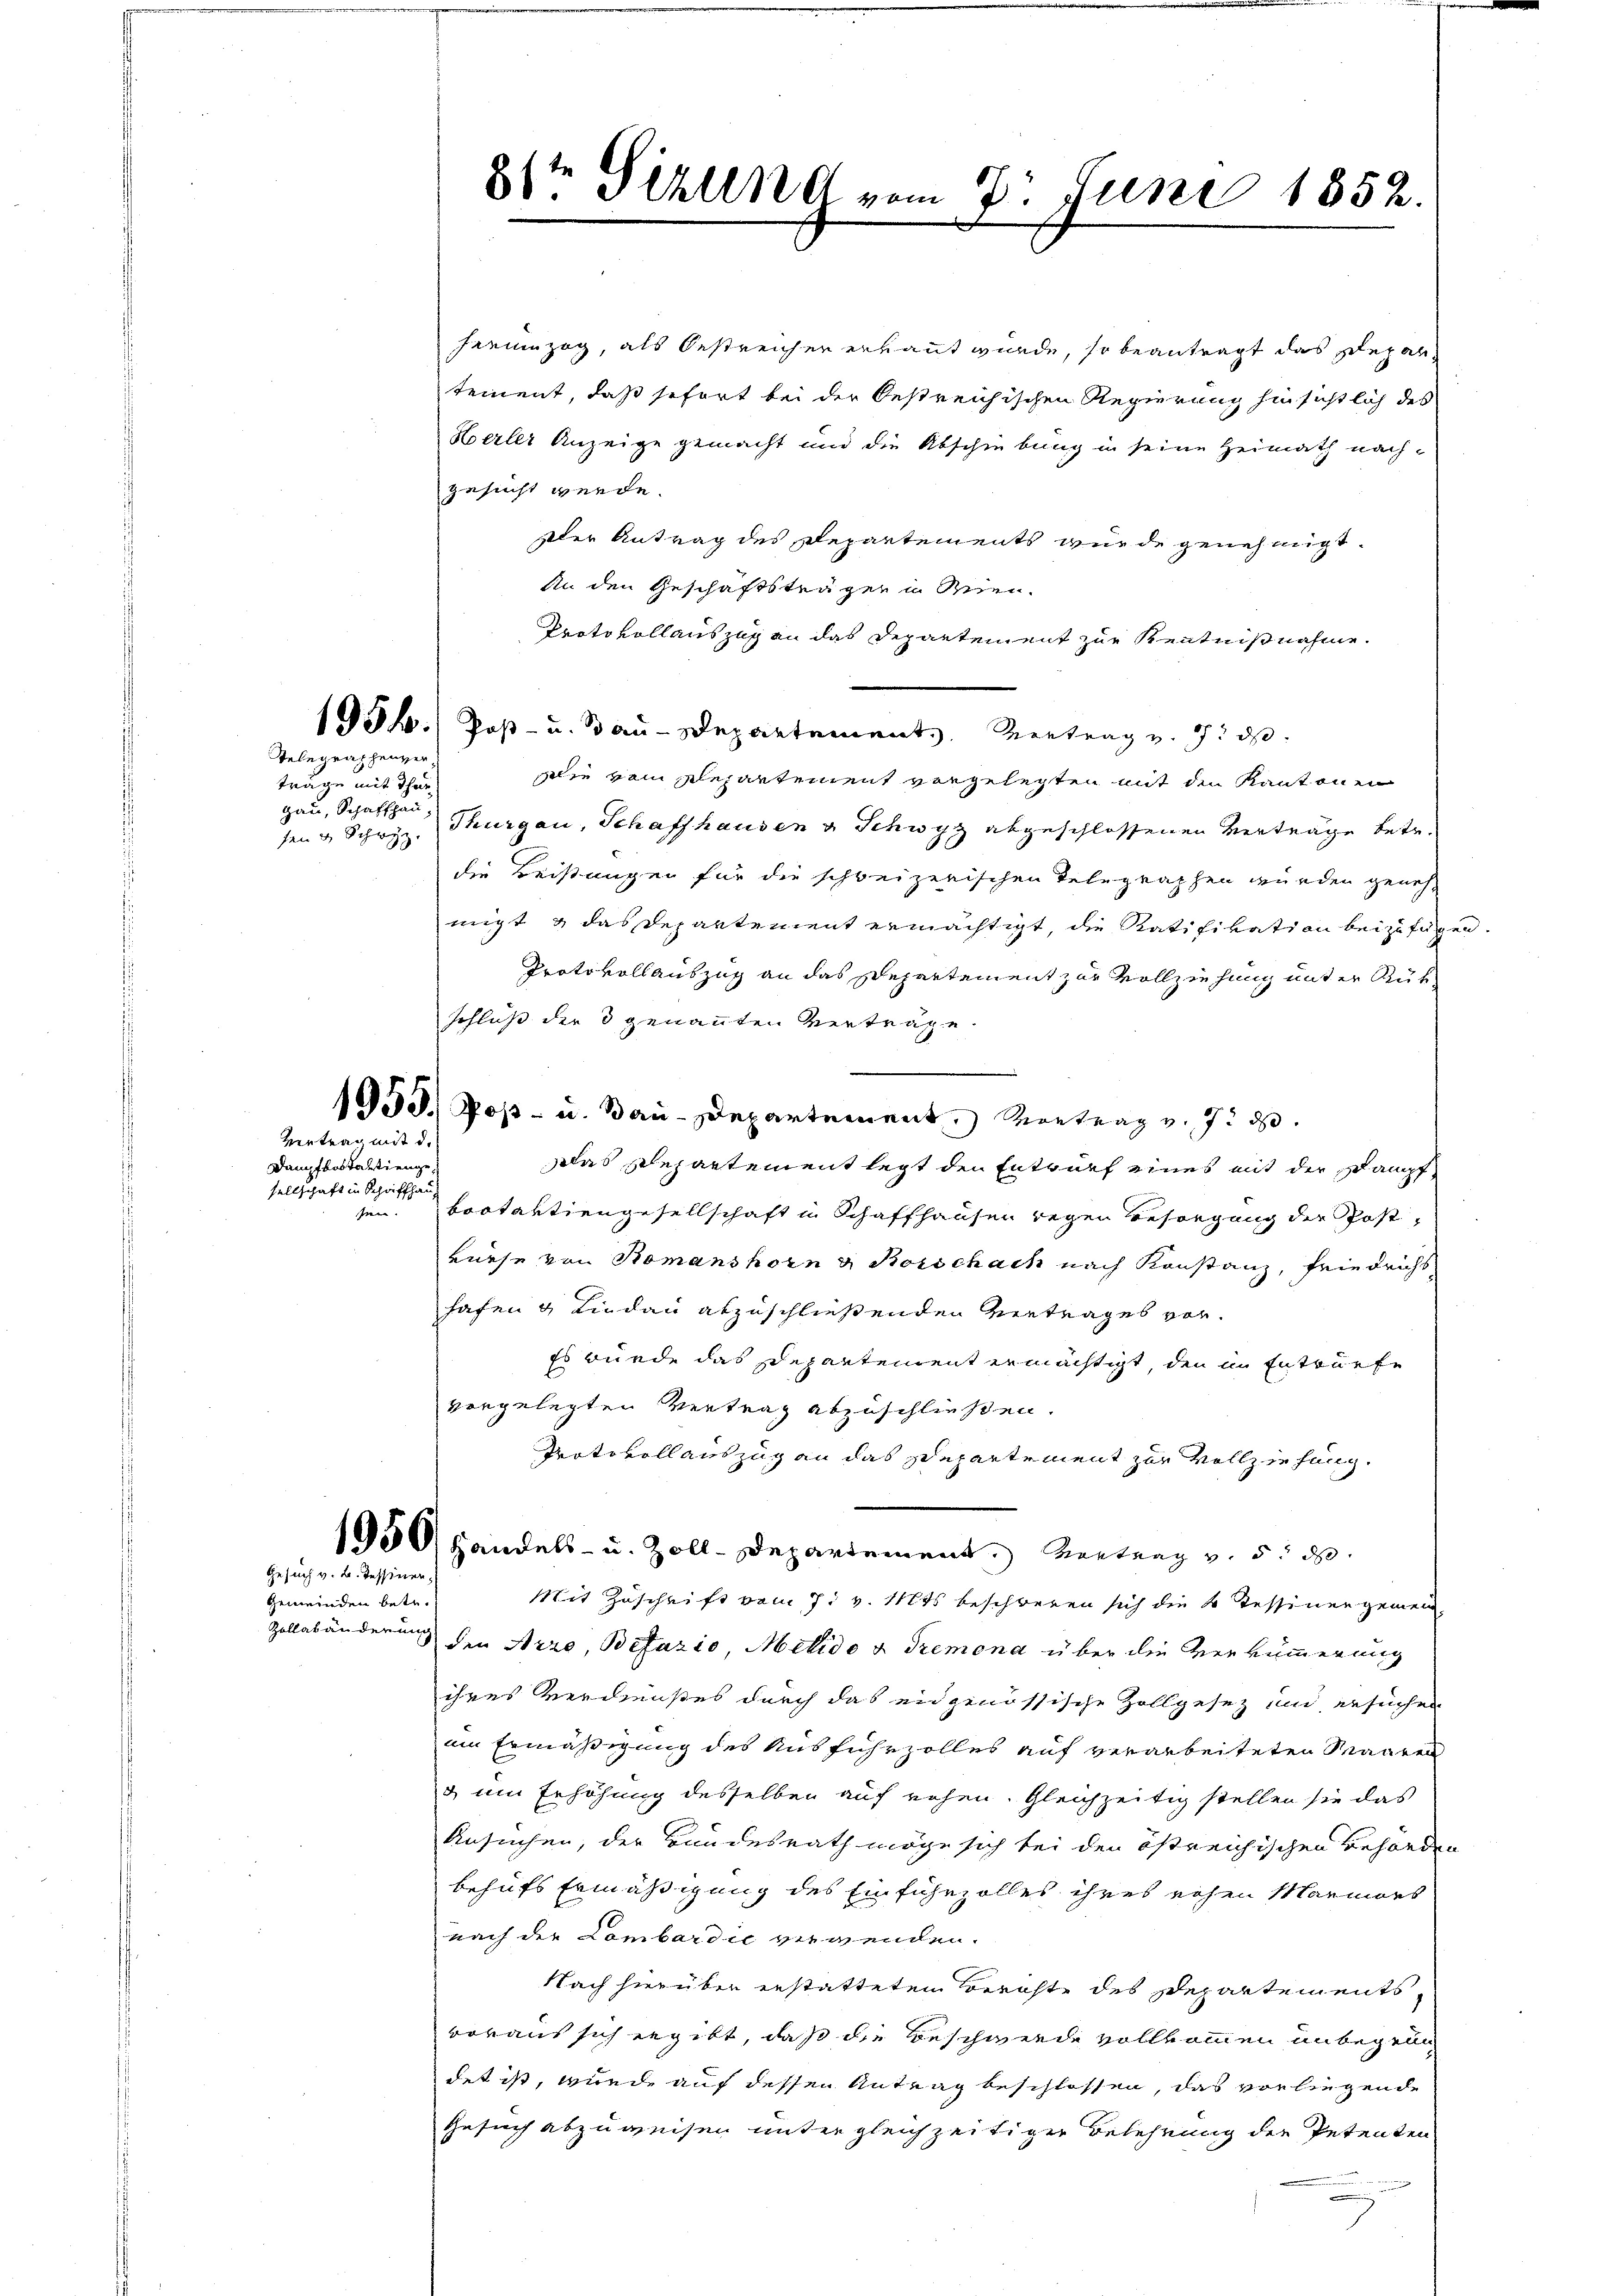
Telegraphenver
träge mit Thur
gau, Schaffhau

Vertrag mit d.
Damit bestantienge
sellschaft in Schrifthausen.

Gesuch v. B. Tessiner

Gemeinden betr.
Zollständerung

8te Sirlin vom 7. Juni 1852.

harunzig, als Oestreicher erkaut wurde, so beantragt das Depar
tement, daß sofort bei der bestreichischen Regierung hinsichtlich des
Herler Anzeige gemacht und die Abschiebung in seine Heimath nachgesucht werde.
Der Antrag des Repartements wurde genehmigt.
An den Geschäftsträger in Men¬
Protokollauszug an das Departement zur Kenntnißnahme.
1954.) Post- u. Bau-Departement. Vertrag v. 9. ds.
lie vom Plepartement vorgelegten mit den Kantonen
sen & Schwyz. Thurgau, Schaffhausen v. Schwyz abgeschlossenen Verträge betr.
die Beistungen für die schweizerischen Telegraphen würden genehmigt & das Departement ermächtigt, die Ratifikation beizufügen.
Protokollauszug an das Departement zur Vollziehung unter Rükschluß der 3 genannten Verträge.
1953.) Post- u. Bau-Departement. Vortrag v. J. d
Das Departement legt den Entwurf eines mit der Dampf
bootartiengesellschaft in Schaffhausen wegen Besorgung der Post-
reese von Romanshorn u. Borschach nach Konstanz, Friedrichs
hafen & Lindau abzuschließenden Vertrages vor¬
Es würde das Departement ermächtigt, den in Entwürfe
vorgelegten Vertrag abzuschließen.
Protokoll auszug an das Separtement zur Vollziehung.
1950, Handels- u. Zoll-Departement. Vertrag v. 5. d.
Mit Zuschrift vom 7. v. Mts. beschweren sich die 4 Tessinen gemein
den Arre, Befazio, Melido & Tremona über die Verkümmerung
ihres Verdienstes durch das eidgenössische Zollgesez und ersuchen
im Ermäßigung des Ausfuhrzolles auf verarbeiteten Maaren
& um Erhöhung desselben auf rohen. Gleichzeitig stellen sie das
Ansuchen, der Bundesrath möge sich bei den östreichischen Behörden
behufs Ermäßigung des Einfuhrzolles ihres rohen Marmors
nach der Lombardić verwenden.
Nach hierüber erstatteten Berichte des Departements,
voraus sich ergibt, daß die Beschwerde vollkommen unbegrün
det ist, wurde auf dessen Antrag beschlossen, das vorliegende
Gesuch abzuweisen untergleichzeitiger Belehnung der Petenten